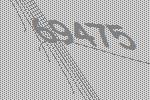
69475